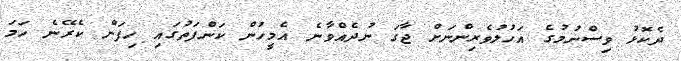
ދެކޮޅު ވިސްނުމުގެ އަހުލުވެރިންނަށް ޖާގަ ނުދެއްވާނެ އެމީހުން ކަންފަތުގައި ހިފަން ކެރޭނެ ހަމަ